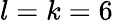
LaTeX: l=k=6